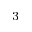
^ { 3 }